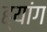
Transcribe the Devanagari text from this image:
ह्यांग